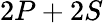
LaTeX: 2P+2S